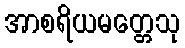
အာစရိယမတ္တေသု